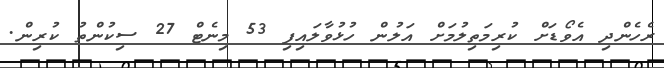
ރެހެންދި އެވޯޑަށް ކުރިމަތިލުމަށް އަލުން ހުޅުވާލައިފި 53 މިނެޓް 27 ސިކުންތު ކުރިން.